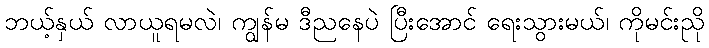
ဘယ့်နှယ် လာယူရမလဲ၊ ကျွန်မ ဒီညနေပဲ ပြီးအောင် ရေးသွားမယ်၊ ကိုမင်းညို